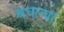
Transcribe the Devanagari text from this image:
बधल्या